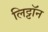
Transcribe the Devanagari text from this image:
लिट्टॉन